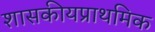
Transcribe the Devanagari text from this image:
शासकीयप्राथमिक